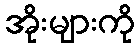
အိုးများကို